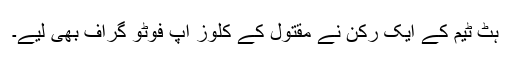
ہٹ ٹیم کے ایک رکن نے مقتول کے کلوز اپ فوٹو گراف بھی لیے۔